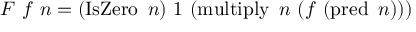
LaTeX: F \ f \ n = ( \operatorname { I s Z e r o } \ n ) \ 1 \ ( \operatorname { m u l t i p l y } \ n \ ( f \ ( \operatorname { p r e d } \ n ) ) )